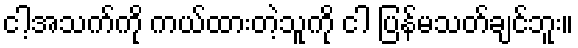
ငါ့အသက်ကို ကယ်ထားတဲ့သူကို ငါ ပြန်မသတ်ချင်ဘူး။